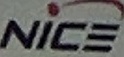
NICE